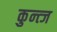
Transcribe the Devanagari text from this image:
कुन्त्ज